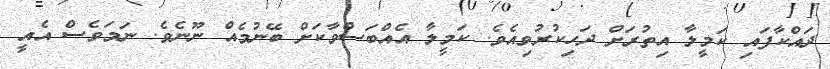
ދައްކާފައި ކަމީލާ އިތުރަށް ދަހިކުރުވިއެވެ. ކަމީލާ އެއްބަސްވާކަށް ބޭނުމެއް ނޫނެވެ. ނަމަވެސް އެއީ